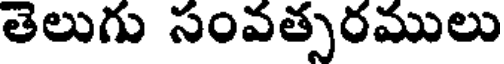
తెలుగు సంవత్సరములు